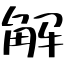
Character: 解